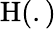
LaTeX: \mathrm{H}(.)